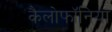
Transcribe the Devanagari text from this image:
कैलोफॉनिया